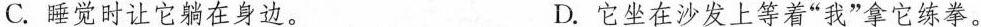
C.睡觉时让它躺在身边。 D.它坐在沙发上等着”我”拿它练拳。